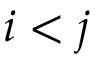
i < j